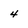
Character: 4